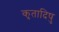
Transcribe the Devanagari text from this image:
कृतादिषु